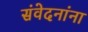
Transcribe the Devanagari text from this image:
संवेदनांना